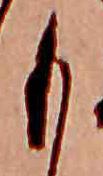
も